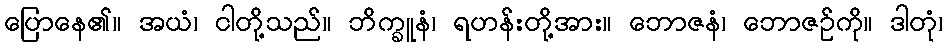
ပြောနေ၏။ အယံ၊ ငါတို့သည်။ ဘိက္ခူနံ၊ ရဟန်းတို့အား။ ဘောဇနံ၊ ဘောဇဉ်ကို။ ဒါတုံ၊